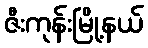
ဇီးကုန်းမြို့နယ်